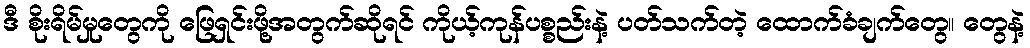
ဒီ စိုးရိမ်မှုတွေကို ဖြေရှင်းဖို့အတွက်ဆိုရင် ကိုယ့်ကုန်ပစ္စည်းနဲ့ ပတ်သက်တဲ့ ထောက်ခံချက်တွေ၊၊ တွေနဲ့